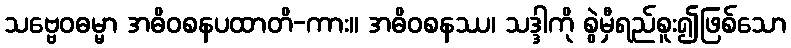
သဗ္ဗေဝဓမ္မာ အဓိဝစနပထာတိ-ကား။ အဓိဝစနဿ၊ သဒ္ဒါကို စွဲမှီရည်စူး၍ဖြစ်သော